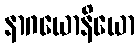
နာဂယောနိယော